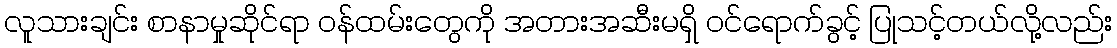
လူသားချင်း စာနာမှုဆိုင်ရာ ဝန်ထမ်းတွေကို အတားအဆီးမရှိ ဝင်ရောက်ခွင့် ပြုသင့်တယ်လို့လည်း